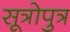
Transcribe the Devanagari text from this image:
सूत्रोपुत्र